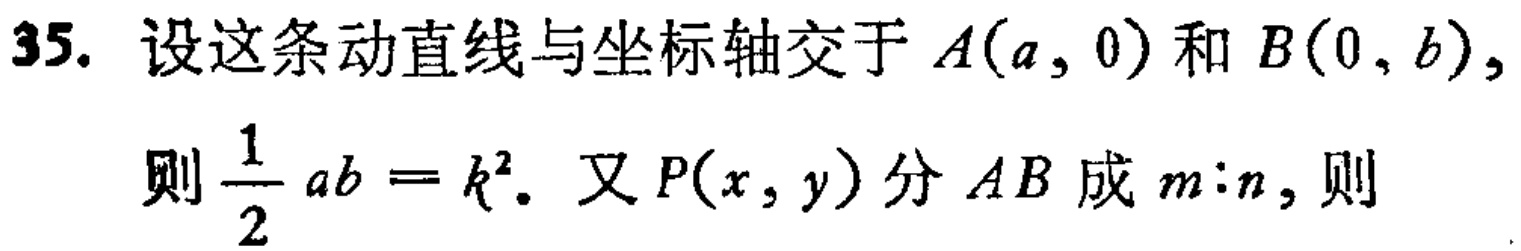
35. 设这条动直线与坐标轴交于 \(A(a,0)\) 和 \(B(0,b)\)，
则 \(\frac{1}{2}ab = k^{2}\). 又 \(P(x,y)\) 分 \(AB\) 成 \(m:n\)，则